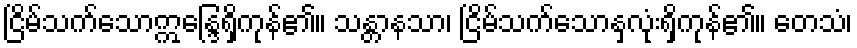
ငြိမ်သက်သောဣန္ဒြေရှိကုန်၏။ သန္တာနသာ၊ ငြိမ်သက်သောနှလုံးရှိကုန်၏။ တေသံ၊